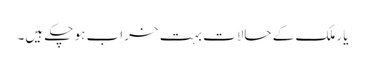
یار ملک کے حالات بہت خراب ہو چکے ہیں۔